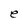
Character: e